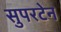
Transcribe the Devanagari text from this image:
सुपरटेन